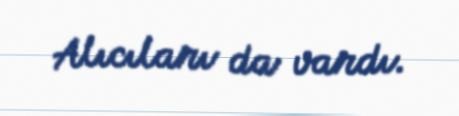
Alıcıları da vardı.